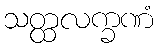
သတ္ထလက္ခဏံ